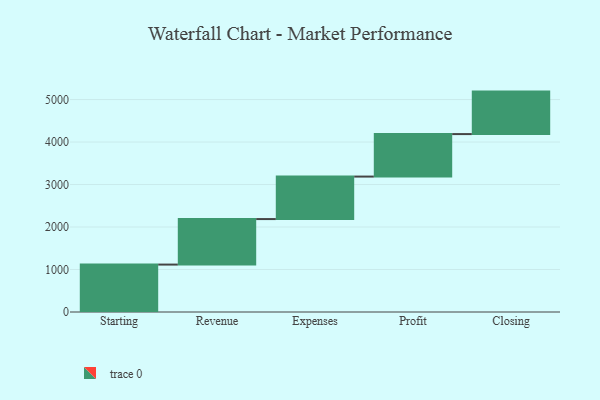
{"axis": {"x": "Step", "y": "Value"}, "legend": [""], "data": [{"x": "Starting", "y": 1116.0, "type": ""}, {"x": "Revenue", "y": 1071.0, "type": ""}, {"x": "Expenses", "y": 1000, "type": ""}, {"x": "Profit", "y": 1000, "type": ""}, {"x": "Closing", "y": 1000, "type": ""}]}